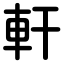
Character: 軒